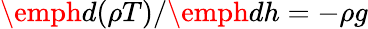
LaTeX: \emph{d}(\rho T)/\emph{d}h=-\rho g